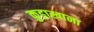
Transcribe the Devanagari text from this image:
कुड़ाखाना